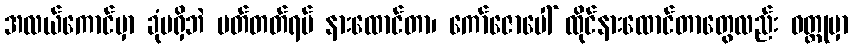
အလယ်ကောင်မှာ ခုံမရှိဘဲ မတ်တတ်ရပ် နားထောင်တာ၊ ကော်ဇောပေါ် ထိုင်နားထောင်တာတွေလည်း ဝတ္ထုမှာ